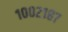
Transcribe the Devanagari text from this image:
१००२१८७